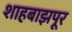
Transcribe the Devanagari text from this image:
शाहबाझपूर